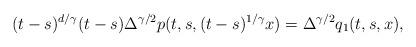
LaTeX: \begin{align*} (t-s)^{d/\gamma} (t-s)\Delta^{\gamma/2}p(t,s,(t-s)^{1/\gamma}x)=\Delta^{\gamma/2}q_1(t,s,x),\end{align*}